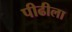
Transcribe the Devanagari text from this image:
पीढीला